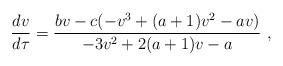
LaTeX: \begin{align*} \frac{dv}{d\tau}=\frac{bv -c (-v^3+(a+1)v^2-av)}{-3v^2+2(a+1)v-a}\ , \end{align*}